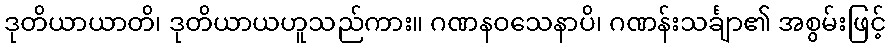
ဒုတိယာယာတိ၊ ဒုတိယာယဟူသည်ကား။ ဂဏနဝသေနာပိ၊ ဂဏန်းသင်္ချာ၏ အစွမ်းဖြင့်